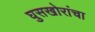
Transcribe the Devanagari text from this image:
घुसखोरांचा